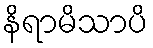
နိရာမိသာပိ